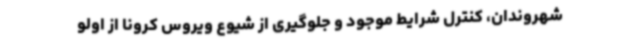
شهروندان، کنترل شرایط موجود و جلوگیری از شیوع ویروس کرونا از اولو